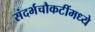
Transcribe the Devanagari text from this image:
संदर्भचौकटींमध्ये